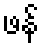
ဖန်